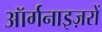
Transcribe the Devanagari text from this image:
ऑर्गनाइज़रों